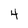
Character: 4